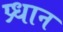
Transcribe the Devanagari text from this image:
प्र्धान